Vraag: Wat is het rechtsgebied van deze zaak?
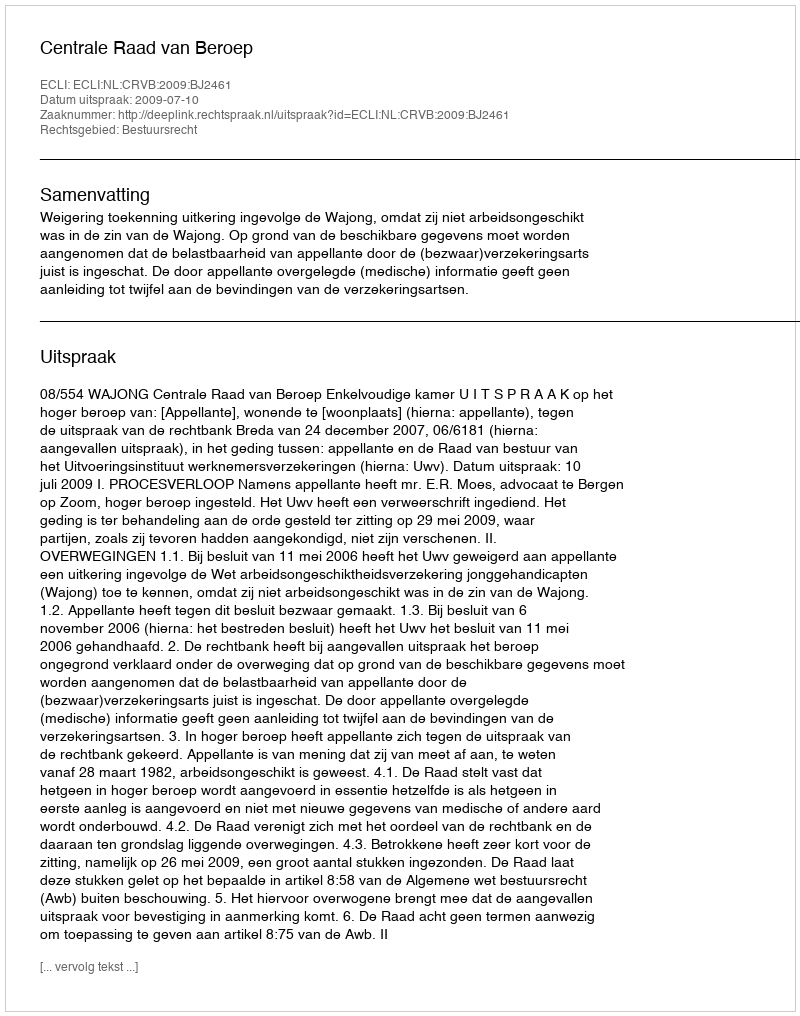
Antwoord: Bestuursrecht